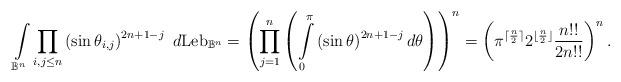
LaTeX: \begin{align*}\int\limits_{\mathbb{B}^n} \prod\limits_{i,j\leq n} \left( \sin \theta_{i,j}\right)^{2n+1-j} \ d{\rm Leb}_{\mathbb{B}^n} = \left(\prod\limits_{j=1}^n \left(\int\limits_0^{\pi} \left( \sin \theta \right)^{2n+1-j} d\theta \right)\right)^n = \left(\pi ^{\lceil{\frac{n}{2} \rceil}} 2^{\lfloor{\frac{n}{2}} \rfloor} \frac{n!!}{2n!!}\right)^n.\end{align*}